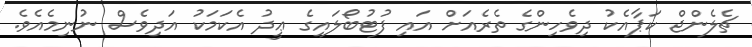
ޗެލެންޖް ކަޕާއެކު ދިވެހިންގެ ތެރެއަށްް އައި ފުޓުބޯލައިގެ ޢީދު އެކަމަކު އަދިވެސް ނުނިމެއެވެ.